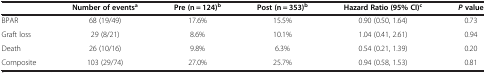
<table><thead><tr><td><b> </b></td><td><b>Number of events<sup>a</sup></b></td><td><b>Pre (n = 124)<sup>b</sup></b></td><td><b>Post (n = 353)<sup>b</sup></b></td><td><b>Hazard Ratio (95% CI)<sup>c</sup></b></td><td><b><i>P </i>value</b></td></tr></thead><tbody><tr><td>BPAR</td><td>68 (19/49)</td><td>17.6%</td><td>15.5%</td><td>0.90 (0.50, 1.64)</td><td>0.73</td></tr><tr><td>Graft loss</td><td>29 (8/21)</td><td>8.6%</td><td>10.1%</td><td>1.04 (0.41, 2.61)</td><td>0.94</td></tr><tr><td>Death</td><td>26 (10/16)</td><td>9.8%</td><td>6.3%</td><td>0.54 (0.21, 1.39)</td><td>0.20</td></tr><tr><td>Composite</td><td>103 (29/74)</td><td>27.0%</td><td>25.7%</td><td>0.94 (0.58, 1.53)</td><td>0.81</td></tr></tbody></table>